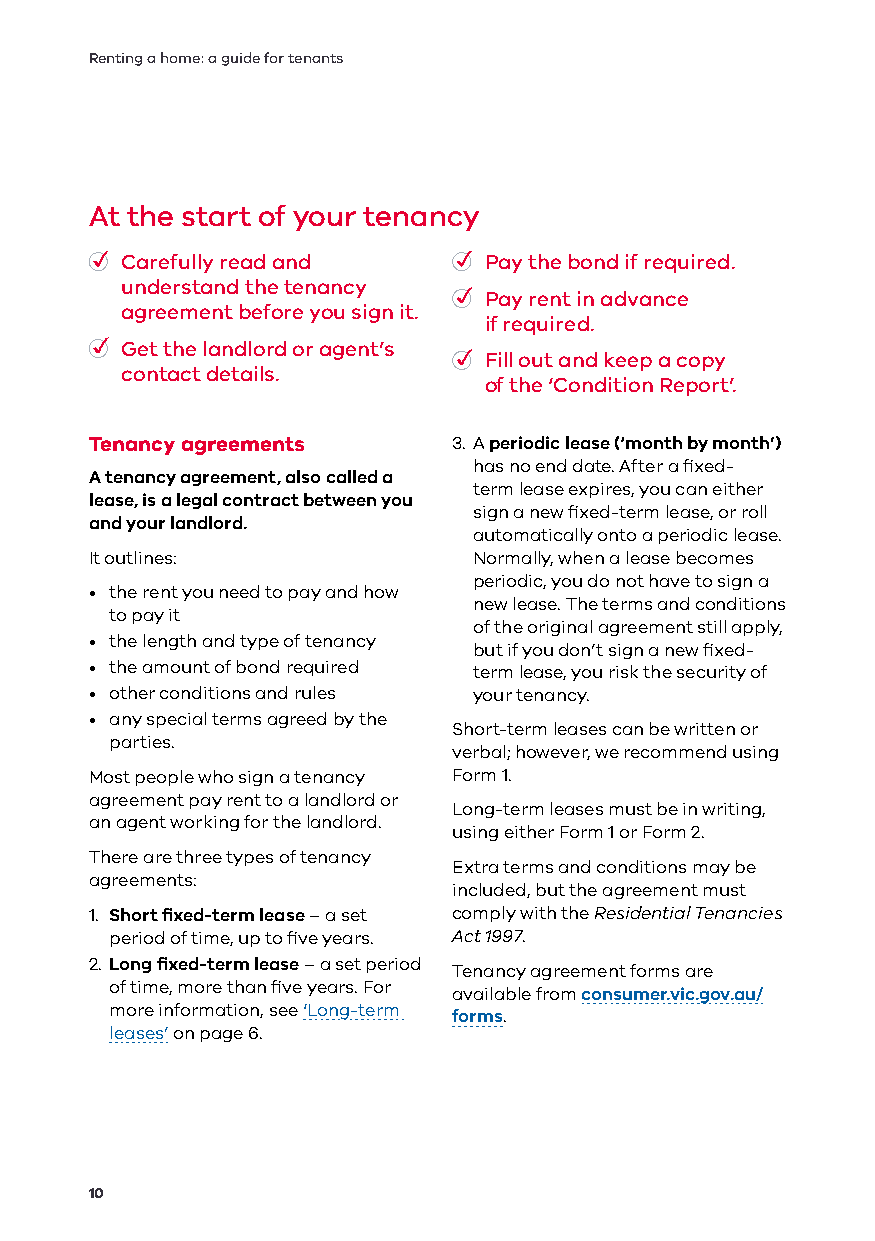
Renting a home: a guide for tenants
 At the start of your tenancy
 • Carefully read and    • Pay the bond if required.
 understand the tenancy
 • Pay rent in advance
 agreement before you sign it.
 if required.
 • Get the landlord or agent’s
 • Fill out and keep a copy
 contact details.
 of the ‘Condition Report’.
 Tenancy agreements      3. A periodic lease (‘month by month’)
 has no end date. After a fixed-
 A tenancy agreement, also called a
 term lease expires, you can either
 lease, is a legal contract between you
 sign a new fixed-term lease, or roll
 and your landlord.
 automatically onto a periodic lease.
 It outlines:             Normally, when a lease becomes
 periodic, you do not have to sign a
 • the rent you need to pay and how
 new lease. The terms and conditions
 to pay it
 of the original agreement still apply,
 • the length and type of tenancy
 but if you don’t sign a new fixed-
 • the amount of bond required term lease, you risk the security of
 • other conditions and rules your tenancy.
 • any special terms agreed by the
 Short-term leases can be written or
 parties.
 verbal; however, we recommend using
 Most people who sign a tenancy Form 1.
 agreement pay rent to a landlord or
 Long-term leases must be in writing,
 an agent working for the landlord.
 using either Form 1 or Form 2.
 There are three types of tenancy
 Extra terms and conditions may be
 agreements:
 included, but the agreement must
 1. Short fixed-term lease – a set comply with the Residential Tenancies
 period of time, up to five years. Act 1997.
 2. Long fixed-term lease – a set period
 Tenancy agreement forms are
 of time, more than five years. For
 available from consumer.vic.gov.au/
 more information, see ‘Long-term
 forms.
 leases’ on page 6.
 10